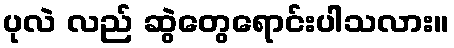
ပုလဲ လည် ဆွဲတွေရောင်းပါသလား။